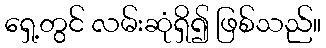
ရှေ့တွင် လမ်းဆုံရှိ၍ ဖြစ်သည်။